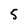
Character: 5